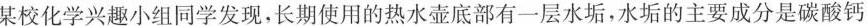
某校化学兴趣小组同学发现，长期使用的热水壶底部有一层水垢，水垢的主要成分是碳酸钙